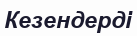
Кезендерді